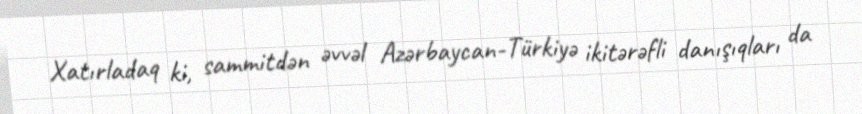
Xatırladaq ki, sammitdən əvvəl Azərbaycan-Türkiyə ikitərəfli danışıqları da